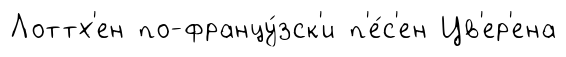
Лоттх'ен по-францу́зск'и п'е́с'ен Цв'ер'ена